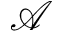
\mathcal { A }